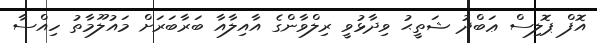
އޮފް ޕޮލިސް ޢަބްދު ޝަތީޙު ވިދާޅުވީ ރިލްވާންގެ އާއިލާއާ ބަރާބަރަށް މައުލޫމާތު ހިއްސާ